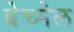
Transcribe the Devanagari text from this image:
बेच्मेल